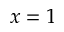
x = 1